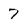
Character: 7